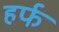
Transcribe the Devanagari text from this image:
हर्फ